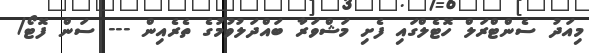
މިއަދު ސެންޓްރަލް ހޮޓެލްގައި ފެށި މަޝްވަރާ ބައްދަލުވުމުގެ ތެރެއިން --- ސަން ފޮޓޯ/